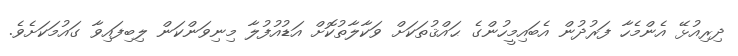
ދިރިއުޅޭ އެންމެހާ ފަރުދުން އެބައިމީހުންގެ ޙައްޤުތަކަށް ވަކާލާތުކޮށް އަޑުއުފުލާ މިނިވަންކަން ލިބިފައިވާ ގައުމަކަށެވެ.